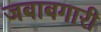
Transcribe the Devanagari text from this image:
जबाबगारी